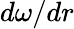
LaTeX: d\omega/dr